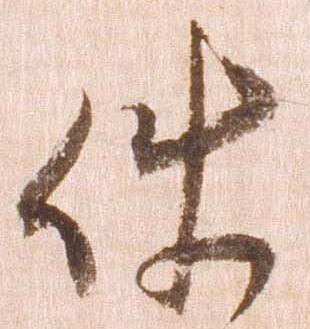
件